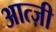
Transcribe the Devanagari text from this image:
आत्ज़ी